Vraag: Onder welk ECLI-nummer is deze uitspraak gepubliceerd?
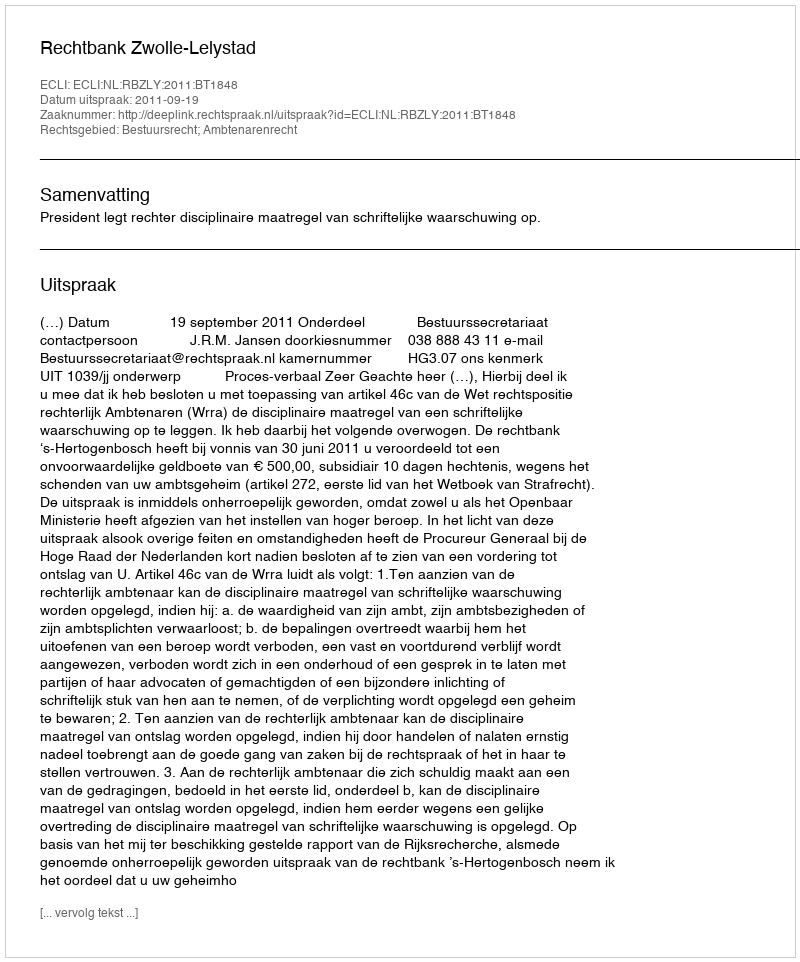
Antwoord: ECLI:NL:RBZLY:2011:BT1848